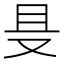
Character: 𱑲